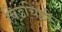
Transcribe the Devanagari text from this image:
चिडचिडी